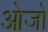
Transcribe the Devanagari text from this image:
ओजो